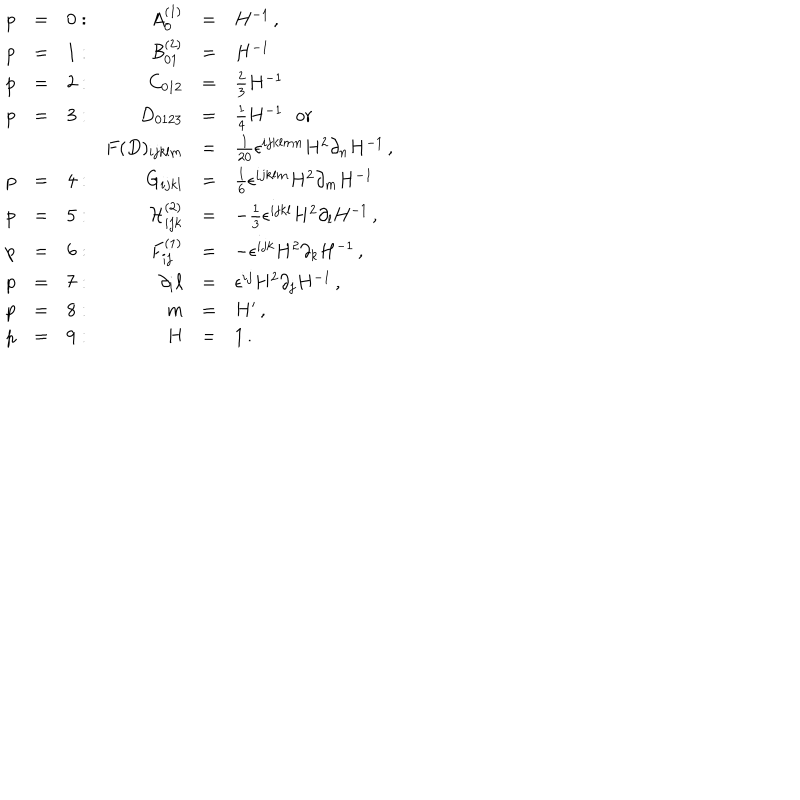
\begin{array} { r c l r c l } { { p } } & { { = } } & { { 0 : } } & { { A _ { 0 } ^ { ( 1 ) } } } & { { = } } & { { H ^ { - 1 } \, , } } \\ { { p } } & { { = } } & { { 1 : } } & { { { \cal B } _ { 0 1 } ^ { ( 2 ) } } } & { { = } } & { { H ^ { - 1 } \, } } \\ { { p } } & { { = } } & { { 2 : } } & { { C _ { 0 1 2 } } } & { { = } } & { { { \frac { 2 } { 3 } } H ^ { - 1 } \, } } \\ { { p } } & { { = } } & { { 3 : } } & { { D _ { 0 1 2 3 } } } & { { = } } & { { { \frac { 1 } { 4 } } H ^ { - 1 } \, \ \ \mathrm { o r } } } \\ { { } } & { { } } & { { } } & { { F ( D ) _ { i j k l m } } } & { { = } } & { { { \frac { 1 } { 2 0 } } \epsilon ^ { i j k l m n } H ^ { 2 } \partial _ { n } H ^ { - 1 } \, , } } \\ { { p } } & { { = } } & { { 4 : } } & { { G _ { i j k l } } } & { { = } } & { { { \frac { 1 } { 6 } } \epsilon ^ { i j k l m } H ^ { 2 } \partial _ { m } H ^ { - 1 } \, } } \\ { { p } } & { { = } } & { { 5 : } } & { { { \cal H } _ { i j k } ^ { ( 2 ) } } } & { { = } } & { { - { \frac { 1 } { 3 } } \epsilon ^ { i j k l } H ^ { 2 } \partial _ { l } H ^ { - 1 } \, , } } \\ { { p } } & { { = } } & { { 6 : } } & { { F _ { i j } ^ { ( 1 ) } } } & { { = } } & { { - \epsilon ^ { i j k } H ^ { 2 } \partial _ { k } H ^ { - 1 } \, , } } \\ { { p } } & { { = } } & { { 7 : } } & { { \partial _ { i } \ell } } & { { = } } & { { \epsilon ^ { i j } H ^ { 2 } \partial _ { j } H ^ { - 1 } \, , } } \\ { { p } } & { { = } } & { { 8 : } } & { { m } } & { { = } } & { { H ^ { \prime } \, , } } \\ { { p } } & { { = } } & { { 9 : } } & { { H } } & { { = } } & { { 1 \, . } } \\ \end{array}